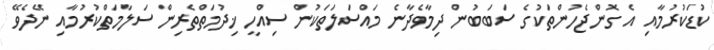
ކުޑަކުރުމާއި އެ ގޮންޖެހުންތަކުގެ ސަބަބުން ދިމާވެދާނެ މައްސަލަތަކުން ސިއްހީ ޚިދުމަތްތެރިން ސަލާމަތްކުރުމާއި ނޭދެވޭ